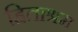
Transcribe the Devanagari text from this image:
हिताश्रम